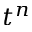
t ^ { n }